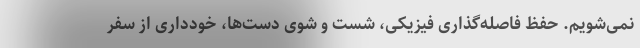
نمی‌شویم. حفظ فاصله‌گذاری فیزیکی، شست و شوی دست‌ها، خودداری از سفر